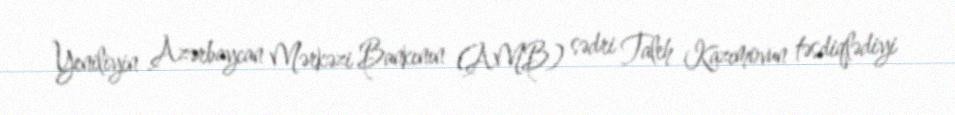
Yeniliyin Azərbaycan Mərkəzi Bankının (AMB) sədri Taleh Kazımovun təsdiqlədiyi